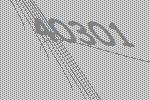
40301